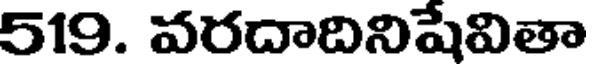
519. వరదాదినిషేవితా